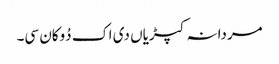
مردانہ کپڑیاں دی اک دُوکان سی۔